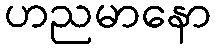
ဟညမာနော